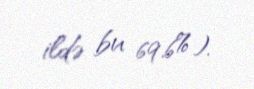
ildə bu 69.6%).